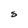
Character: S